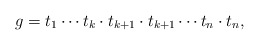
\begin{align*}g= t_1\cdots t_k\cdot t_{k+1} \cdot t_{k+1}\cdots t_n \cdot t_n,\end{align*}